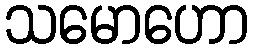
သမောဟော